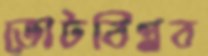
ভোটবিপ্লব